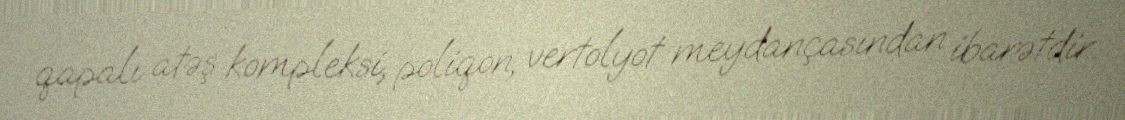
qapalı atəş kompleksi, poliqon, vertolyot meydançasından ibarətdir.